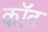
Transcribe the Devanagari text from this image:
कॉत